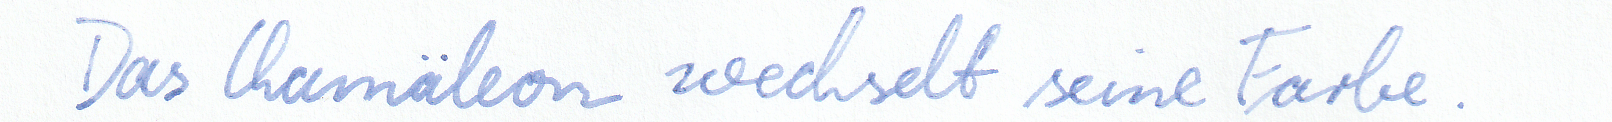
Das Chamäleon wechselt seine Farbe.